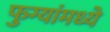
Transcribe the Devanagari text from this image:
फुग्यांमध्ये